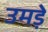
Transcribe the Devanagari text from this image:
उमड़े